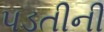
પડતીની